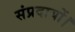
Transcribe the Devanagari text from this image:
संप्रदायों।